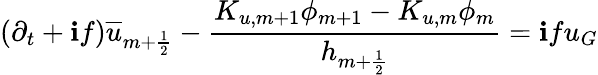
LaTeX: (\partial_{t}+\mathbf{i}f)\overline{{{u}}}_{m+\frac{{1}}{{2}}}-\frac{{K_{u,m+1}\phi_{m+1}-K_{u,m}\phi_{m}}}{{h_{m+\frac{{1}}{{2}}}}}=\mathbf{i}fu_{G}